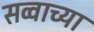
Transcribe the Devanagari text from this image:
सव्वाच्या